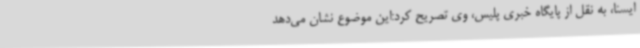
ایسنا، به نقل از پایگاه خبری پلیس، وی تصریح کرد:این موضوع نشان می‌دهد